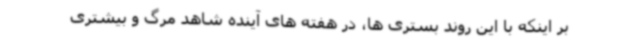
بر اینکه با این روند بستری ها، در هفته های آینده شاهد مرگ و بیشتری